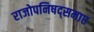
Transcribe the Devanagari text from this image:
राजोपनिषद्समाप्त